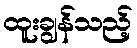
ထူးချွန်သည့်